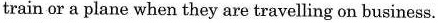
train or a plane when they are travelling on business.